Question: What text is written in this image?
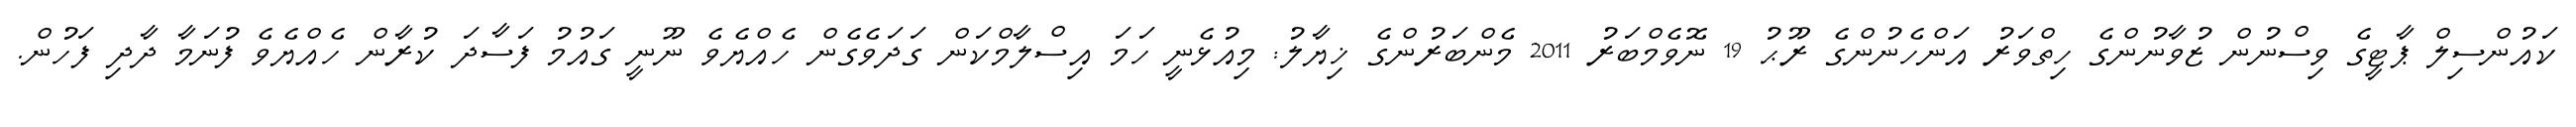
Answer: ކައުންސިލް ޕާޓީގެ ވިސްނުން ޒުވާނުންގެ ހިތްވަރު އަންހެނުންގެ ރޫޙު 19 ނޮވެމްބަރު 2011 މެންބަރުންގެ ޚިޔާލު: މިއުޅެނީ ހަމަ އިސްލާމްކަން ގަދަވެގެން ހެއްޔެވެ ނޫނީ ގައުމު ފަސާދަ ކުރާން ހެއްޔެވެ ފުނަމާ ދާދި ފަހުން.